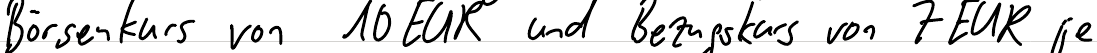
Börsenkurs von 10 EUR und Bezugskurs von 7 EUR je